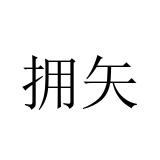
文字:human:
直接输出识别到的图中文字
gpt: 拥矢